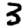
Digit: 3